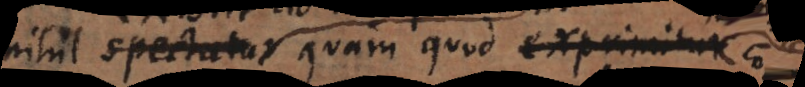
nihil spectatur, quam quod exprimitur